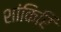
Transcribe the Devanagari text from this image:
शांकिरि